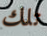
تلك